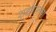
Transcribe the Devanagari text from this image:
शहरानचा